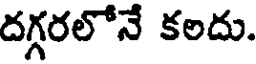
దగ్గరలోనే కలదు.